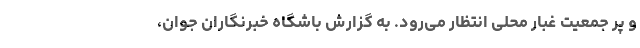
و پر جمعیت غبار محلی انتظار می‌رود. به گزارش باشگاه خبرنگاران جوان،